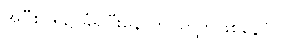
အဝီစိငရဲ၌ ခံရပြီးနောက် ပြိတ္တာဖြစ်နေပုံ။